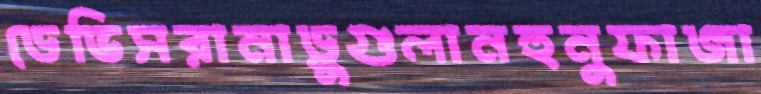
ডেভিসরানাড়ুগুলানহুনুফাজা